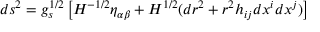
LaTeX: d s ^ { 2 } = g _ { s } ^ { 1 / 2 } \left[ H ^ { - 1 / 2 } \eta _ { \alpha \beta } + H ^ { 1 / 2 } ( d r ^ { 2 } + r ^ { 2 } h _ { i j } d x ^ { i } d x ^ { j } ) \right]